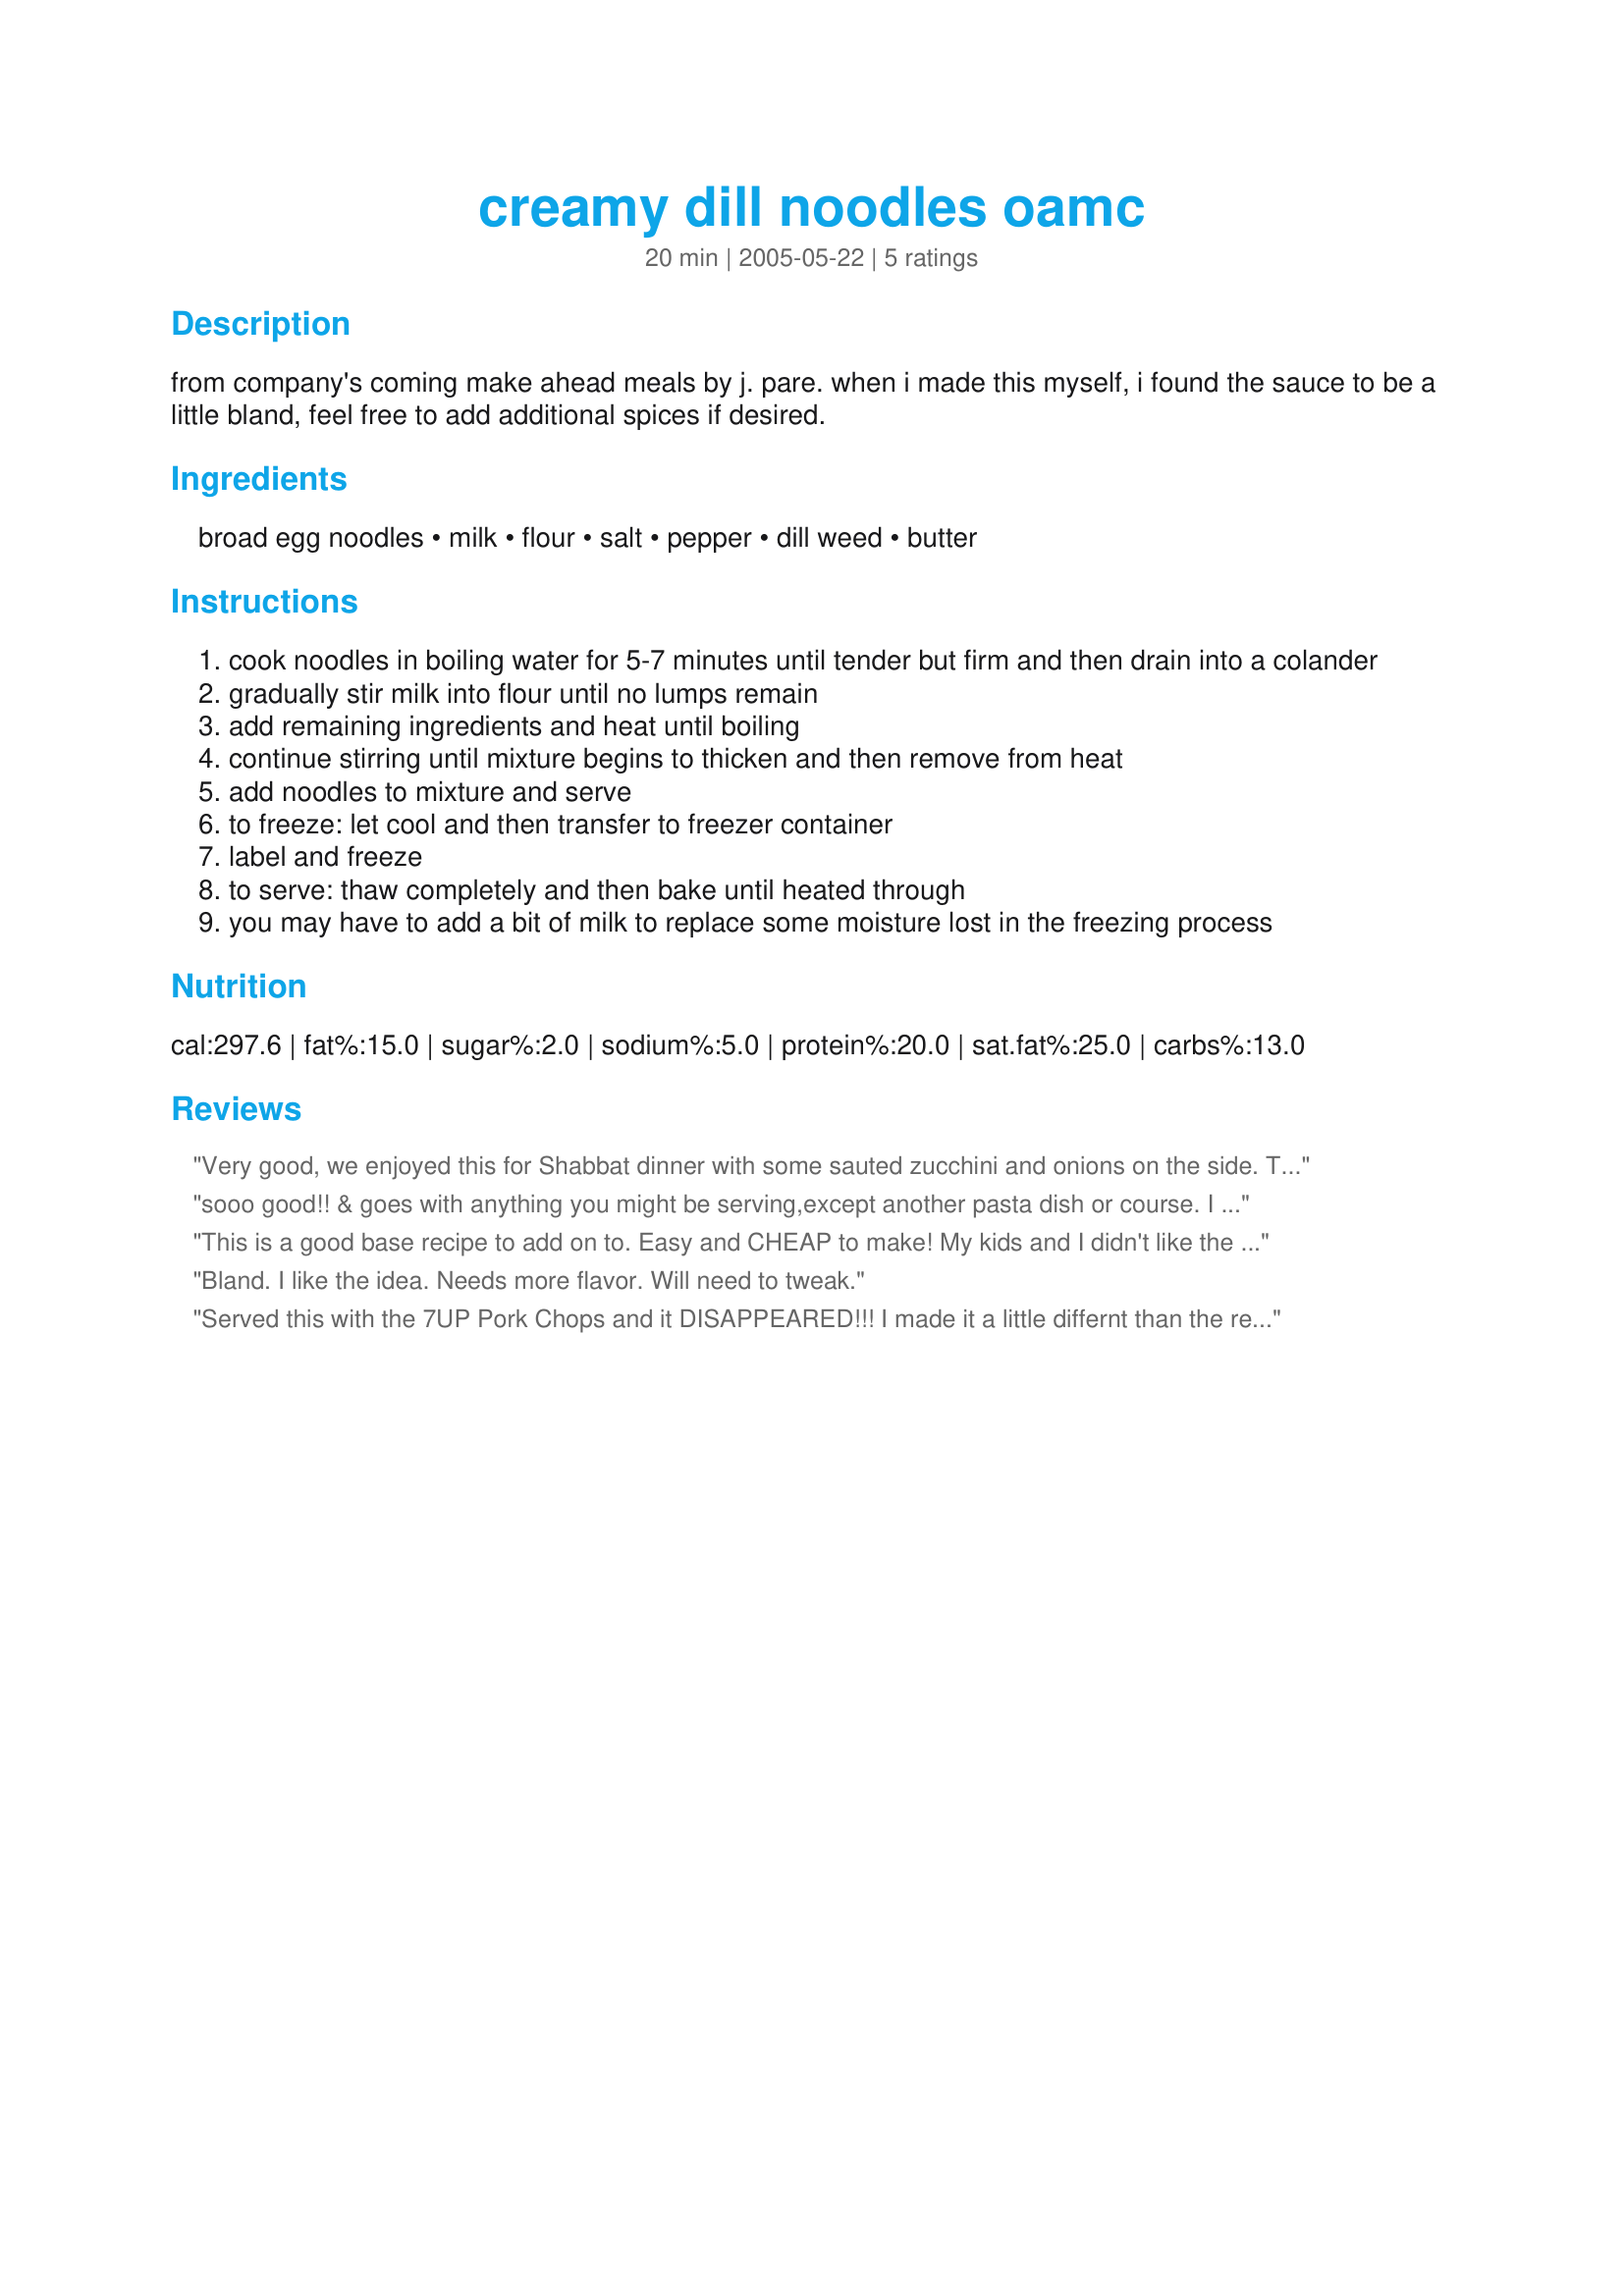
creamy dill noodles oamc
Preparation time: 20 minutes

from company's coming make ahead meals by j. pare. when i made this myself, i found the sauce to be a little bland, feel free to add additional spices if desired.

Ingredients:
broad egg noodles, milk, flour, salt, pepper, dill weed, butter

Steps:
cook noodles in boiling water for 5-7 minutes until tender but firm and then drain into a colander
gradually stir milk into flour until no lumps remain
add remaining ingredients and heat until boiling
continue stirring until mixture begins to thicken and then remove from heat
add noodles to mixture and serve
to freeze: let cool and then transfer to freezer container
label and freeze
to serve: thaw completely and then bake until heated through
you may have to add a bit of milk to replace some moisture lost in the freezing process

Reviews:
Very good, we enjoyed this for Shabbat dinner with some sauted zucchini and onions on the side. The only reason I decided not to give it a full 5 stars is because the sauce tasted a little doughy to us. This is easily fixed by cooking the flour in the butter b4 adding the milk, but the recipe did not say to do so. Next time I will. The milk to flour ratio was perfect for making a nice, not too thick, not too thin sauce. I used skim milk since its all I have on hand and it worked nicely. I also used dried dill, and lots of it since DH loves dill. All in all, very good and enjoyable, and I will be making this again. Thanks for posting.
sooo good!! & goes with anything you might be serving,except another pasta dish or course. I made it exactly as posted & the flavors were just great. thanx for the recipe.
This is a good base recipe to add on to. Easy and CHEAP to make!

My kids and I didn't like the recipe when followed exactly. I added chicken. It was VERY bland, no taste.

I will use again with the following changes. More salt, to taste for us was much more than a pinch. I am also going to add some garlic and onion and more butter in the base.
Bland. I like the idea. Needs more flavor. Will need to tweak.
Served this with the 7UP Pork Chops and it DISAPPEARED!!! I made it a little differnt than the recipe directed. I cooked the noodles, then made a white sauce--used half and half instead of milk. Mix the white sauce with the dill, pepper and used a touch of garlic salt
